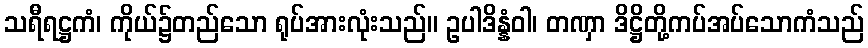
သရီရဋ္ဌကံ၊ ကိုယ်၌တည်သော ရုပ်အားလုံးသည်။ ဥပါဒိန္နံဝါ၊ တဏှာ ဒိဋ္ဌိတို့ကပ်အပ်သောကံသည်